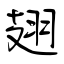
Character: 翅